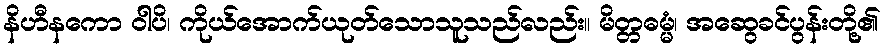
နိဟီနကော ဝါပိ၊ ကိုယ်အောက်ယုတ်သောသူသည်လည်း။ မိတ္တဓမ္မံ၊ အဆွေခင်ပွန်းတို့၏